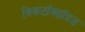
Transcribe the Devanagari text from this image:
विकटॉक्डॉइड